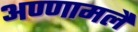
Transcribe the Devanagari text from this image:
अण्णामलै